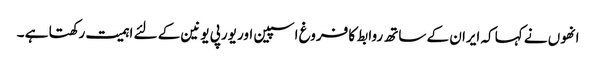
انھوں نے کہا کہ ایران کے ساتھ روابط کا فروغ اسپین اور یورپی یونین کے لئے اہمیت رکھتا ہے ۔